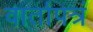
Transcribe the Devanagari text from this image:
वार्तापत्रं